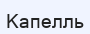
Капелль